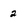
Character: 2